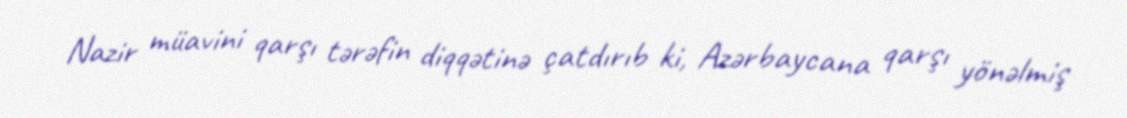
Nazir müavini qarşı tərəfin diqqətinə çatdırıb ki, Azərbaycana qarşı yönəlmiş